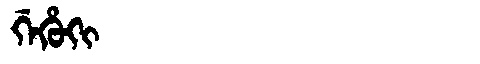
Manchu: ᡤᡝᡥᡠᡴᡳ
Romanization: GEHUKI